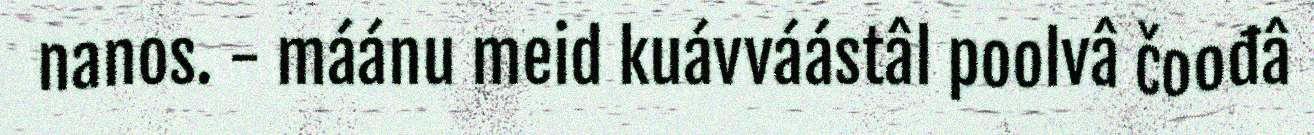
nanos. - máánu meid kuávváástâl poolvâ čoođâ